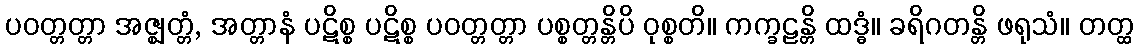
ပဝတ္တတ္တာ အဇ္ဈတ္တံ, အတ္တာနံ ပဋိစ္စ ပဋိစ္စ ပဝတ္တတ္တာ ပစ္စတ္တန္တိပိ ဝုစ္စတိ။ ကက္ခဠန္တိ ထဒ္ဓံ။ ခရိဂတန္တိ ဖရုသံ။ တတ္ထ